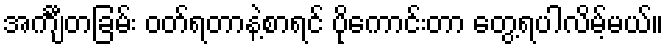
အင်္ကျီတခြမ်း ဝတ်ရတာနဲ့စာရင် ပိုကောင်းတာ တွေ့ရပါလိမ့်မယ်။